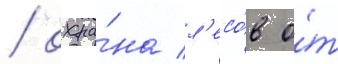
/ охра́на л'есо́в о́т